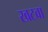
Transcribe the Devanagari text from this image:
खटवा